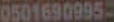
0501690995-